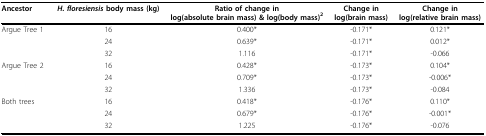
<table><thead><tr><td><b>Ancestor</b></td><td><b><i>H. floresiensis </i>body mass (kg)</b></td><td><b>Ratio of change inlog(absolute brain mass) &amp; log(body mass)<sup>2</sup></b></td><td><b>Change inlog(brain mass)</b></td><td><b>Change inlog(relative brain mass)</b></td></tr></thead><tbody><tr><td>Argue Tree 1</td><td>16</td><td>0.400*</td><td>-0.171*</td><td>0.121*</td></tr><tr><td></td><td>24</td><td>0.639*</td><td>-0.171*</td><td>0.012*</td></tr><tr><td></td><td>32</td><td>1.116</td><td>-0.171*</td><td>-0.066</td></tr><tr><td>Argue Tree 2</td><td>16</td><td>0.428*</td><td>-0.173*</td><td>0.104*</td></tr><tr><td></td><td>24</td><td>0.709*</td><td>-0.173*</td><td>-0.006*</td></tr><tr><td></td><td>32</td><td>1.336</td><td>-0.173*</td><td>-0.084</td></tr><tr><td>Both trees</td><td>16</td><td>0.418*</td><td>-0.176*</td><td>0.110*</td></tr><tr><td></td><td>24</td><td>0.679*</td><td>-0.176*</td><td>-0.001*</td></tr><tr><td></td><td>32</td><td>1.225</td><td>-0.176*</td><td>-0.076</td></tr></tbody></table>